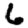
Digit: 6